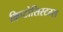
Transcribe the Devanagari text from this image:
क्रिप्टोसिस्टम्स